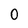
Character: 0